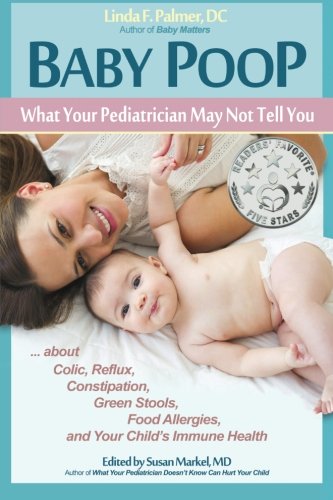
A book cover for Baby Poop: What Your Pediatrician May Not Tell You ... about Colic, Reflux, Constipation, Green Stools, Food Allergies, and Your Child's Immune Health; Linda F. Palmer DC; Health, Fitness & Dieting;